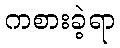
ကစားခဲ့ရာ